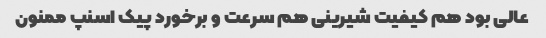
عالی بود هم کیفیت شیرینی هم سرعت و برخورد پیک اسنپ ممنون